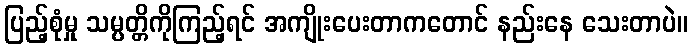
ပြည့်စုံမှု သမ္ပတ္တိကိုကြည့်ရင် အကျိုးပေးတာကတောင် နည်းနေ သေးတာပဲ။